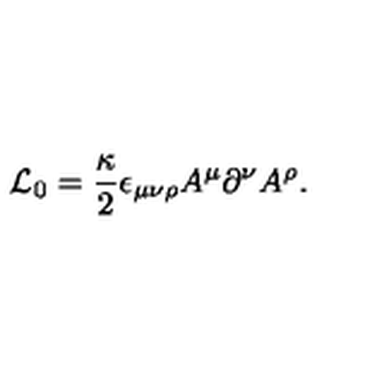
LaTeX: { \cal L } _ { 0 } = \frac { \kappa } { 2 } \epsilon _ { \mu \nu \rho } A ^ { \mu } \partial ^ { \nu } A ^ { \rho } .